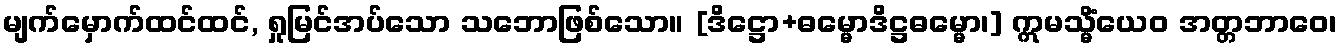
မျက်မှောက်ထင်ထင်, ရှုမြင်အပ်သော သဘောဖြစ်သော။ [ဒိဋ္ဌော+ဓမ္မောဒိဋ္ဌဓမ္မော၊] ဣမသ္မိံယေဝ အတ္တဘာဝေ၊